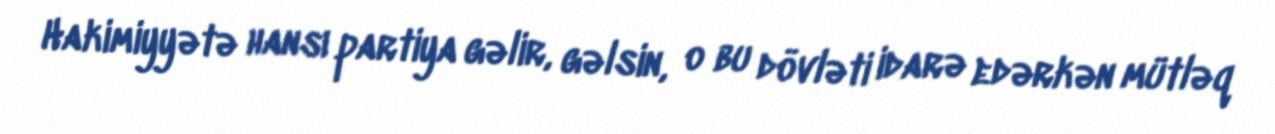
Hakimiyyətə hansı partiya gəlir, gəlsin, o bu dövləti idarə edərkən mütləq